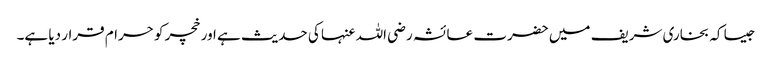
جیسا کہ بخاری شریف میں حضرت عائشہ رضی اللہ عنہا کی حدیث ہے اور خچر کو حرام قرار دیا ہے۔